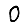
Digit: 0